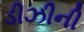
ડીઝીની